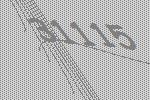
31115